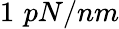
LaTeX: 1\, \, pN/nm